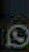
0